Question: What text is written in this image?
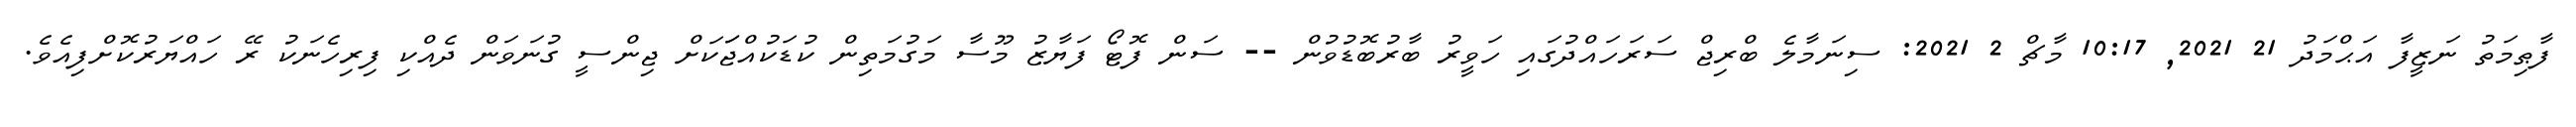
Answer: ފާޠިމަތު ނަޒީފާ އަޙްމަދު 21 2021, 10:17 މާޗް 2 2021: ސިނަމާލެ ބްރިޖް ސަރަހައްދުގައި ހަވީރު ބާރުބޮޑުވުން -- ސަން ފޮޓޯ ފަޔާޒު މޫސާ މަގުމަތިން ކުޑަކުއްޖަަކަށް ޖިންސީ ގުނަވަން ދެއްކި ފިރިހެނަކު ރޭ ހައްޔަރުކޮށްފިއެވެ.